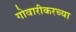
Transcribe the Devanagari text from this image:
गोवारीकरच्या